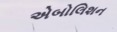
એબોલિશન